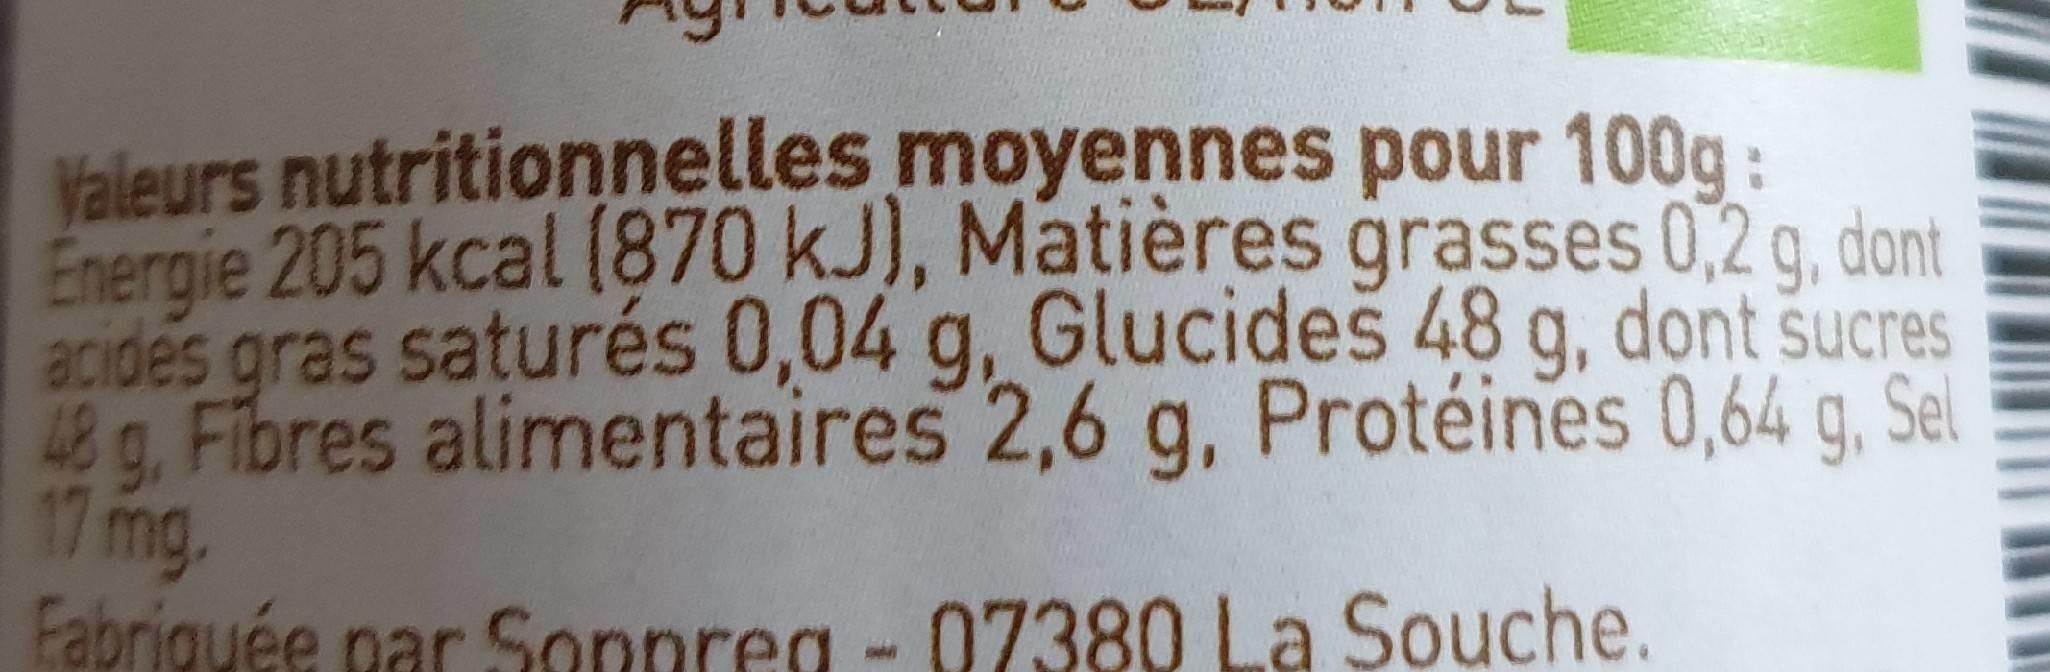
Valeurs nutritionnelles moyennes pour 100g: Emergie 205 kcal (870 kJ), Matières grasses 0,2 g, dont acides gras saturés 0,04 g, Glucides 48 g, dont sucres 48 g. Fibres alimentaires 2,6 g, Protéines 0,64 g, Sel Fabriguée nar Soppreg - 07380 La Souche. 17 mg.
9.